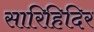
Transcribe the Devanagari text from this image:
सारिहिदिर